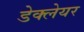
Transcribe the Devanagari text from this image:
डेक्लेयर